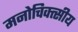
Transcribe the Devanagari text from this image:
मनोचिक्त्सीय